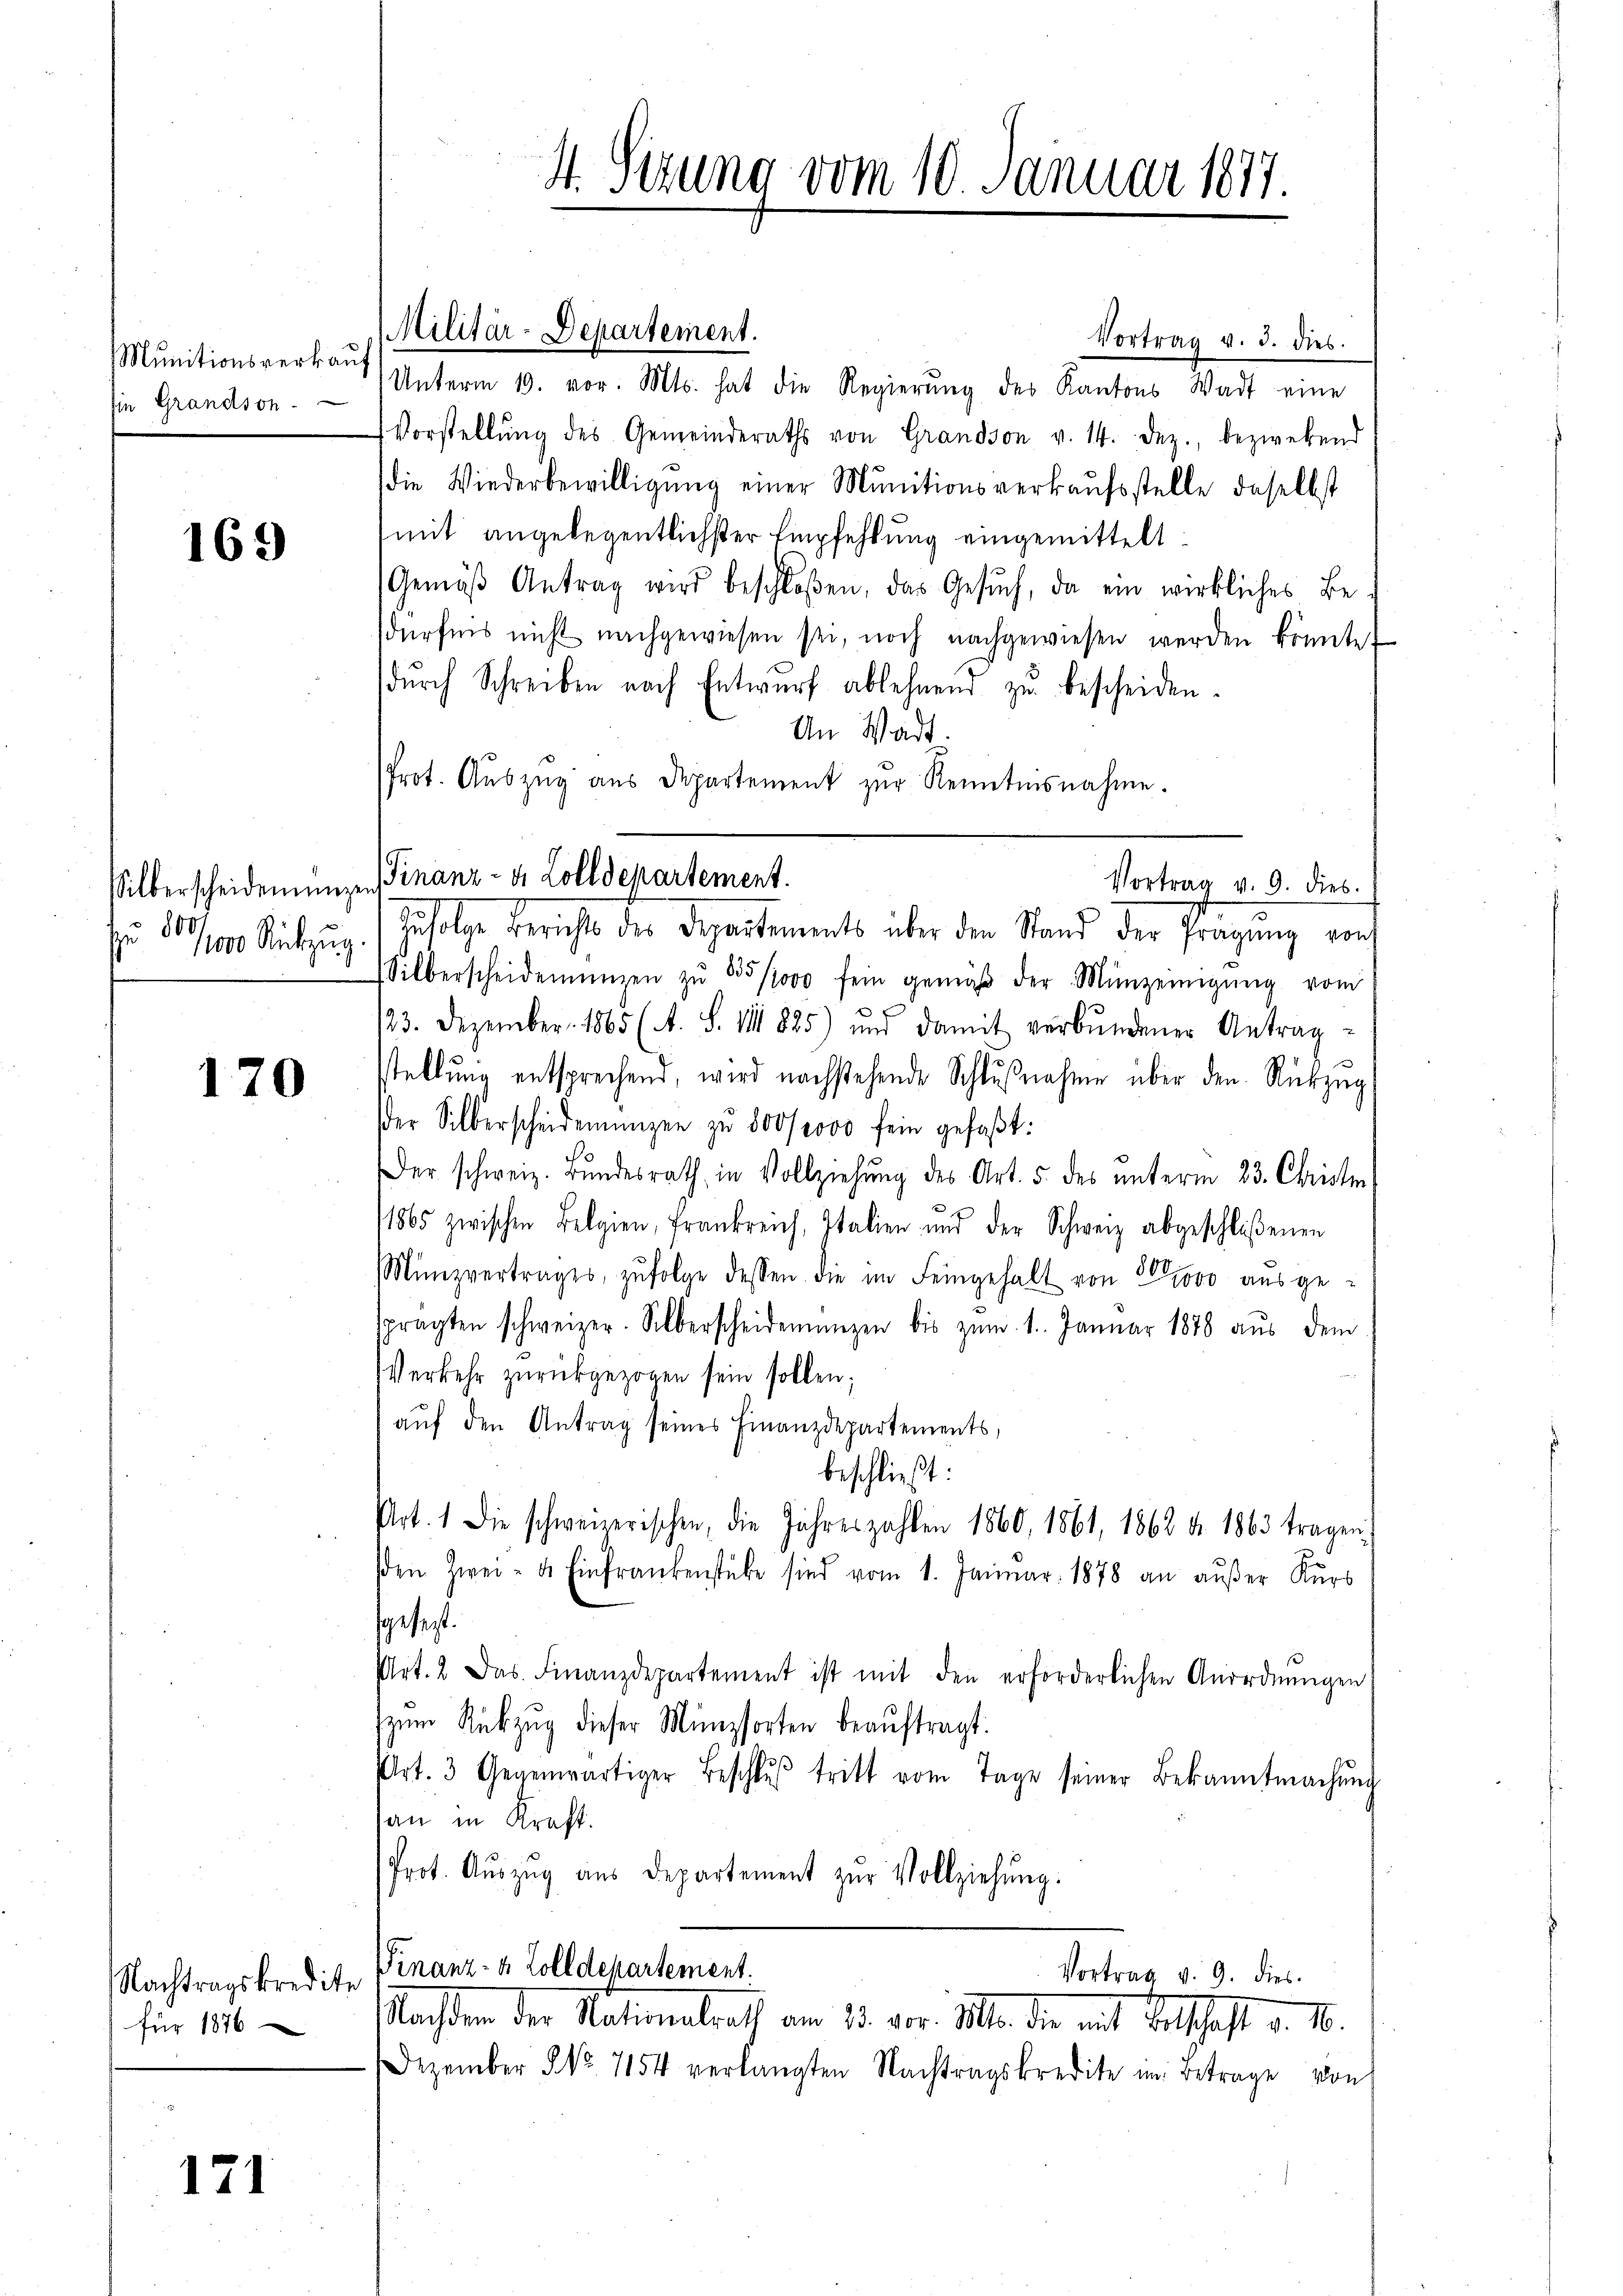
Munitionsverkauf
in Grandson

169

silberscheidenge
f 800.
11000 Rückzug.

170

Nachtragskredite
für 1876

171

Vortrag v. 3. dies
Unterm 19. vor. Mts. hat die Regierŭng des Kantons Wadt eine
Vorstellŭng des Gemeinderaths von Grandson v. 14. Dez. bezwekend
die Wiederbewilligŭng einer Munitionsverkaŭfsstelle daselbst
mit angelegentlichster Empfehlung eingemittelt:
Gemäβ Antrag wird beschloßen, das Gesŭch, da ein wirkliches Be-
dürfnis nicht nachgewiesen sei, noch nachgewiesen werden könnte.
durch Schreiben nach Entwurf ablehnend zu bescheiden.
An Wadt.
Prot. Aŭszŭg aŭs Departement zŭr Renntnisnahme.
Zŭfolge Berichte des Departements über den Stand der Fragŭng von
Silberscheidemünzen zŭ 535/1000 fein gemäβ der Münzeinigŭng vom
123. Dezember 1865 (A. S. III 885) und damit verbŭndener Antrag-
stellŭng entsprechend, wird nachstehende Schlŭβnahme über den Rückzug
der Silberscheidemünzen zu 800 000 fein gefaßt:
Der schweiz. Bŭndesrath in Vollziehŭng des Art. 5. des ŭnterm 23. Christin
1865 zwischen Belgien, Frankreich, Italien und der Schweiz abgeschloßenen
Münzvertrages, zŭfolge dessen die im Feingehalt von Provo aŭsge-
pragten schweizer. Silberscheidemanzen bis zum 1. Januar 1878 aŭs dem
Verkehr zurückgezogen sein sollen;
aŭf den Antrag seines Finanzdepartements,
beschließt:
Art. 1 die schweizerischen, die Jahreszahlen 1860, 1861, 1868 d. 1863 tragen
sden zwei - de Einfrankenstube sind vom 1. Januar 1878 an aŭβer Kurs
gesezt.
Art. 2 das Finanzdepartement ist mit den erforderlichen Anordnungen
zŭm Rückzŭg dieser Münzsorten beaŭftragt.
Prt. 3 Gegenwärtiger Beschlŭβ tritt vom Tage seiner Bekanntmachŭng
dan in Kraft.
Prot. Aŭszŭg aŭs departement zŭr Vollziehŭng:
Finanz- & Zolldepartement.
Vortrag v. 9. dies
Nachten der Nationalrath am 15. der 1810. die mit Sollhaft d. M.
Dezember No 7154 verlangten Nachtragskredite im Betrage von

Militär-Departement.

4. Sizung vom 10. Januar 1877

Finanz- u. Zolldepartement.
Vortrag v. 9. dies